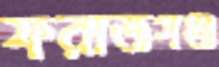
ফরাজগঞ্জ